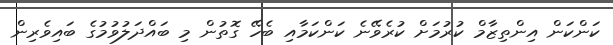
ކަންކަން އިންތިޒާމް ކުރުމަށް ކުރެވޭނެ ކަންކަމާއި ބެހޭ ގޮތުން މި ބައްދަލުވުމުގެ ބައިވެރިން